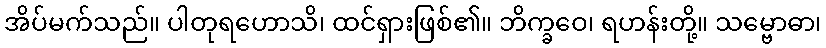
အိပ်မက်သည်။ ပါတုရဟောသိ၊ ထင်ရှားဖြစ်၏။ ဘိက္ခဝေ၊ ရဟန်းတို့။ သမ္ဗောဓာ၊